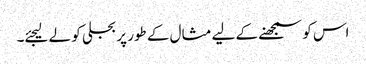
اس کو سمجھنے کے لیے مثال کے طور پر بجلی کو لے لیجئے۔